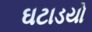
ઘટાડયો